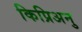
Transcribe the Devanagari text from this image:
किप्रिअनु